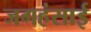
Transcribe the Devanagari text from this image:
जगहंसाई